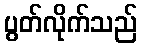
ပွတ်လိုက်သည်